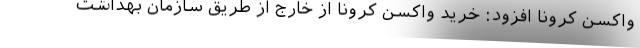
واکسن کرونا افزود: خرید واکسن کرونا از خارج از طریق سازمان بهداشت